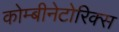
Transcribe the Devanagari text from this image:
कोम्बीनेटोरिक्स